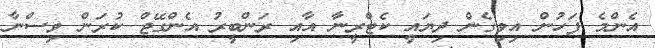
އެންމެ ފަހުން އިވިގެން ދިޔައީ ކެޓްރީނާ އާއި ރަންބީރު އެންގޭޖް ކުރަން ވިސްނާ